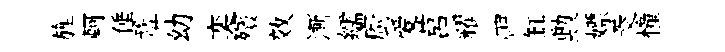
旌軻倕鞏幼奕殯效漸繻廚爱莒耀神缸勲嫖茭憧